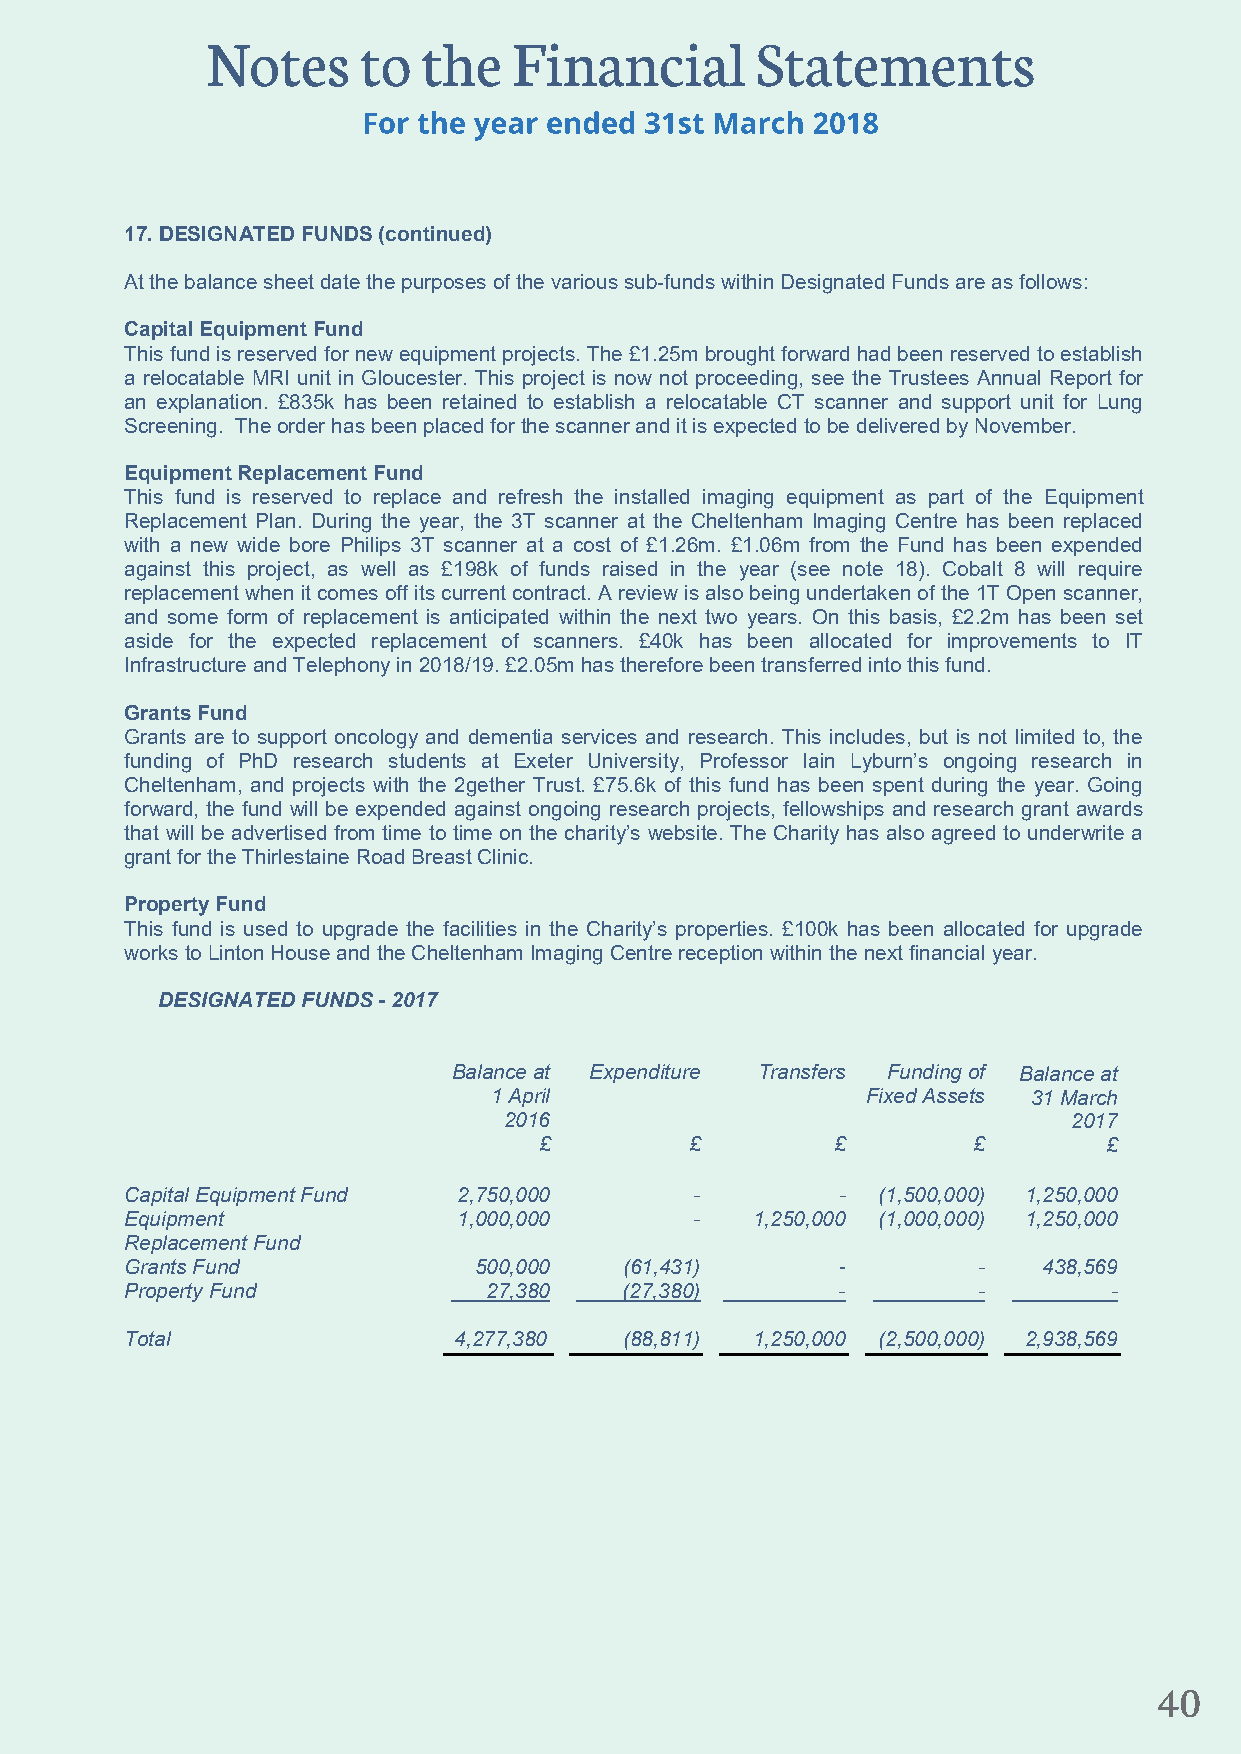
17. DESIGNATED FUNDS (continued)
 At the balance sheet date the purposes of the various sub-funds within Designated Funds are as follows:
 Capital Equipment Fund
 This fund is reserved for new equipment projects. The £1.25m brought forward had been reserved to establish
 a relocatable MRI unit in Gloucester. This project is now not proceeding, see the Trustees Annual Report for
 an explanation. £835k has been retained to establish a relocatable CT scanner and support unit for Lung
 Screening. The order has been placed for the scanner and it is expected to be delivered by November.
 Equipment Replacement Fund
 This fund is reserved to replace and refresh the installed imaging equipment as part of the Equipment
 Replacement Plan. During the year, the 3T scanner at the Cheltenham Imaging Centre has been replaced
 with a new wide bore Philips 3T scanner at a cost of £1.26m. £1.06m from the Fund has been expended
 against this project, as well as £198k of funds raised in the year (see note 18). Cobalt 8 will require
 replacement when it comes off its current contract. A review is also being undertaken of the 1T Open scanner,
 and some form of replacement is anticipated within the next two years. On this basis, £2.2m has been set
 aside for the expected replacement of scanners. £40k has been allocated for improvements to IT
 Infrastructure and Telephony in 2018/19. £2.05m has therefore been transferred into this fund.
 Grants Fund
 Grants are to support oncology and dementia services and research. This includes, but is not limited to, the
 funding of PhD research students at Exeter University, Professor Iain Lyburn’s ongoing research in
 Cheltenham, and projects with the 2gether Trust. £75.6k of this fund has been spent during the year. Going
 forward, the fund will be expended against ongoing research projects, fellowships and research grant awards
 that will be advertised from time to time on the charity’s website. The Charity has also agreed to underwrite a
 grant for the Thirlestaine Road Breast Clinic.
 Property Fund
 This fund is used to upgrade the facilities in the Charity’s properties. £100k has been allocated for upgrade
 works to Linton House and the Cheltenham Imaging Centre reception within the next financial year.
 DESIGNATED FUNDS - 2017
 Balance at Expenditure Transfers Funding of Balance at
 1 April                  Fixed Assets 31 March
 2016                                  2017
 £         £        £        £        £
 Capital Equipment Fund 2,750,000      -        -  (1,500,000) 1,250,000
 Equipment             1,000,000       -   1,250,000 (1,000,000) 1,250,000
 Replacement Fund
 Grants Fund            500,000   (61,431)      -         -   438,569
 Property Fund           27,380   (27,380)      -         -       -
 Total                 4,277,380  (88,811) 1,250,000 (2,500,000) 2,938,569